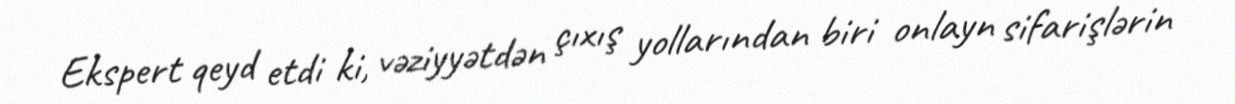
Ekspert qeyd etdi ki, vəziyyətdən çıxış yollarından biri onlayn sifarişlərin